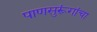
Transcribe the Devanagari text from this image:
पाणसुरूंगांचा